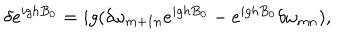
\delta e ^ { i g h B _ { 0 } } = i g ( \delta \omega _ { m + 1 n } e ^ { i g h B _ { 0 } } - e ^ { i g h B _ { 0 } } \delta \omega _ { m n } ) ,